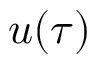
u ( \tau )